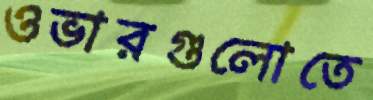
ওভারগুলোতে